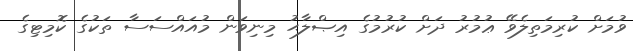
ވުމަށް ކުރިމަތިލެވޭ ޢުމުރު ދަށް ކުރުމުގެ އިޞްލާޙު މިނިވަން މުއައްސަސާ ތަކުގެ ކޮމިޓިގެ